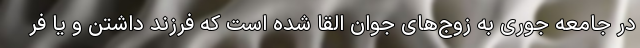
در جامعه جوری به زوج‌های جوان القا شده است که فرزند داشتن و یا فر